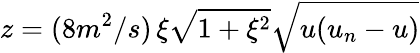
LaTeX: z=(8m^{2}/s)\, \xi\sqrt{1+\xi^{2}}\sqrt{u(u_{n}-u)}